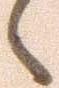
々